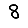
Digit: 8